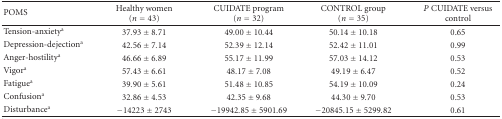
<table><thead><tr><td><b>POMS</b></td><td><b>Healthy women (<i>n</i> = 43)</b></td><td><b>CUIDATE program (<i>n</i> = 32)</b></td><td><b>CONTROL group (<i>n</i> = 35)</b></td><td><b><i>P</i> CUIDATE versus control</b></td></tr></thead><tbody><tr><td>Tension-anxiety<sup>a</sup></td><td>37.93 ± 8.71</td><td>49.00 ± 10.44</td><td>50.14 ± 10.18</td><td>0.65</td></tr><tr><td>Depression-dejection<sup>a</sup></td><td>42.56 ± 7.14</td><td>52.39 ± 12.14</td><td>52.42 ± 11.01</td><td>0.99</td></tr><tr><td>Anger-hostility<sup>a</sup></td><td>46.66 ± 6.89</td><td>55.17 ± 11.99</td><td>57.03 ± 14.12</td><td>0.53</td></tr><tr><td>Vigor<sup>a</sup></td><td>57.43 ± 6.61</td><td>48.17 ± 7.08</td><td>49.19 ± 6.47</td><td>0.52</td></tr><tr><td>Fatigue<sup>a</sup></td><td>39.90 ± 5.61</td><td>51.48 ± 10.85</td><td>54.19 ± 10.09</td><td>0.24</td></tr><tr><td>Confusion<sup>a</sup></td><td>32.86 ± 4.53</td><td>42.35 ± 9.68</td><td>44.30 ± 9.70</td><td>0.53</td></tr><tr><td>Disturbance<sup>a</sup></td><td>−14223 ± 2743</td><td>−19942.85 ± 5901.69</td><td>−20845.15 ± 5299.82</td><td>0.61</td></tr></tbody></table>